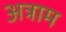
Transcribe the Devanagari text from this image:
अत्राम